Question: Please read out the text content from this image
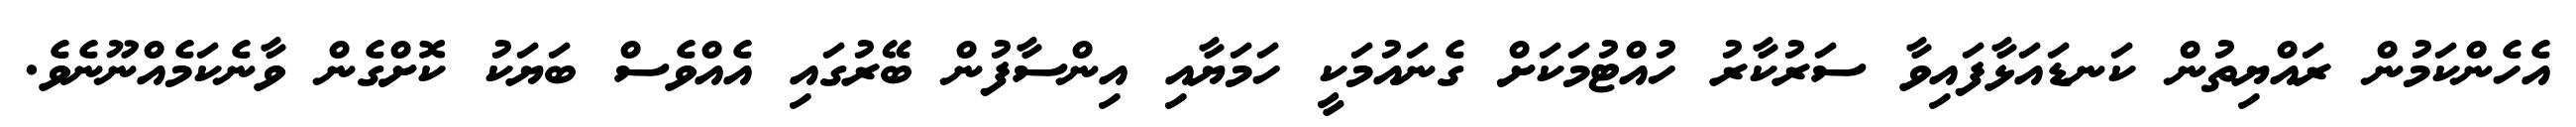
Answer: އެހެންކަމުން ރައްޔިތުން ކަނޑައަޅާފައިވާ ސަރުކާރު ހުއްޓުމަކަށް ގެނައުމަކީ ހަމަޔާއި އިންސާފުން ބޭރުގައި އެއްވެސް ބަޔަކު ކޮށްގެން ވާނެކަމެއްނޫނެވެ.